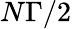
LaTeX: N\Gamma/2